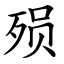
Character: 殒